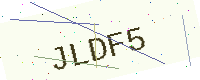
Text: JLDF5